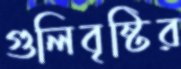
গুলিবৃষ্টির